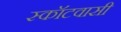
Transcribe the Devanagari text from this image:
स्कॉटवासी